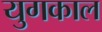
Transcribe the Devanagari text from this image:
युगकाल